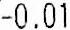
-0.01